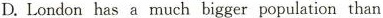
D.London has a much bigger population than